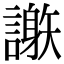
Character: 𧬄